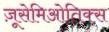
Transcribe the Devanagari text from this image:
ज़ूसेमिओतिक्स